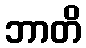
ဘာတိ